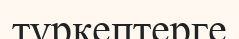
түркептерге